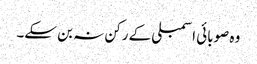
وہ صوبائی اسمبلی کے رکن نہ بن سکے۔